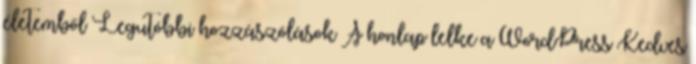
életemből Legutóbbi hozzászólások A honlap lelke a WordPress Kedves